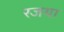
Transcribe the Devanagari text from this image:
रजया